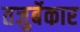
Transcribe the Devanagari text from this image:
तजुर्बेकार